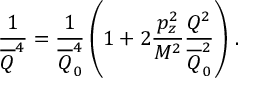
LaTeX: { \frac { 1 } { \overline { { Q } } ^ { 4 } } } = { \frac { 1 } { \overline { { Q } } _ { 0 } ^ { 4 } } } \left( 1 + 2 { \frac { p _ { z } ^ { 2 } } { M ^ { 2 } } } { \frac { Q ^ { 2 } } { \overline { { Q } } _ { 0 } ^ { 2 } } } \right) \, .